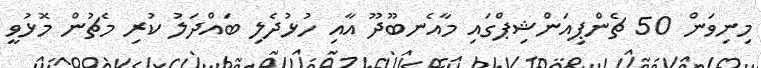
މިނިވަން 50 ޗެންޕިއަންޝިޕްގައި މާއެނބޫދޫ އާއި ހުޅުދެލި ބައްދަލު ކުރި މެޗުން މޮޅުވީ